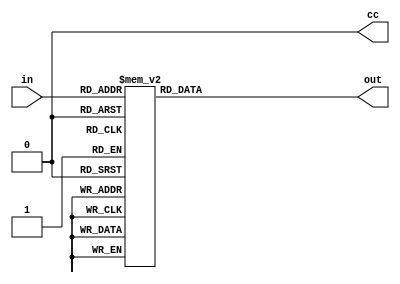
`timescale 1ns / 1ps
//////////////////////////////////////////////////////////////////////////////////
// Company: 
// Engineer: 
// 
// Design Name: 
// Module Name: SSD_Driver
// Project Name: 
// Target Devices: 
// Tool Versions: 
// Description: 
// 
// Dependencies: 
// 
// Revision:
// Revision 0.01 - File Created
// Additional Comments:
// 
//////////////////////////////////////////////////////////////////////////////////


module SSD_Driver(in,cc,out);

    input wire [3:0] in;
    output reg cc;
    output reg [6:0] out;
    
    
    
    
    
    always@(*)
    begin
    cc = 1'b0;
    
        case (in)
        4'b0000 : out = ~(7'b0111111); //0
        4'b0001 : out = ~(7'b0000110); //1
        4'b0010 : out = ~(7'b1011011); //2
        4'b0011 : out = ~(7'b1001111); //3 0	0	0	0	1	1	0
        4'b0100 : out = ~(7'b1100110); //4 1	0	0	1	1	0	0
        4'b0101 : out = ~(7'b1101101); //5 0	1	0	0	1	0	0
        4'b0110 : out = ~(7'b1111101); //6 0	1	0	0	0	0   0
        4'b0111 : out = ~(7'b0000111); //7 
        4'b1000 : out = ~(7'b1111111); //8
        4'b1001 : out = ~(7'b1101111); //9
        default : out = 7'bzzzzzzz;
        endcase
    end
    
    
endmodule